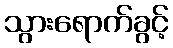
သွားရောက်ခွင့်